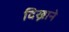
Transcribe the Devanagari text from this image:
दिख्नाने